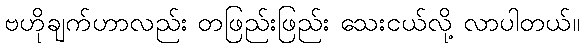
ဗဟိုချက်ဟာလည်း တဖြည်းဖြည်း သေးငယ်လို့ လာပါတယ်။